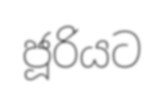
ජූරියට